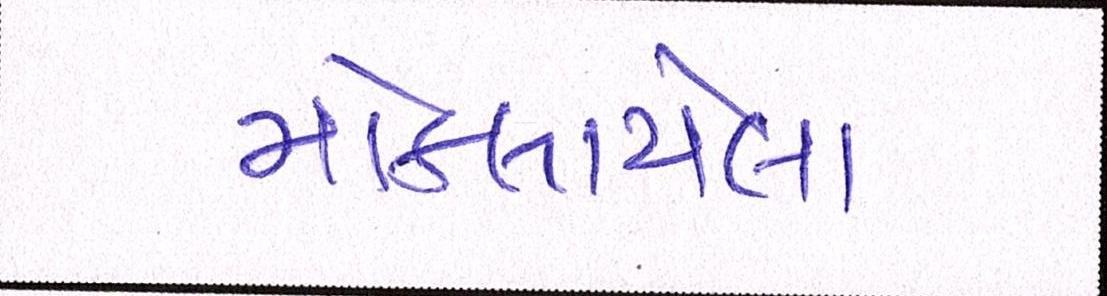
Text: મોકલાયેલા